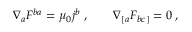
\nabla _ { a } F ^ { b a } = \mu _ { 0 } j ^ { b } \; , \qquad \nabla _ { [ a } F _ { b c ] } = 0 \; ,